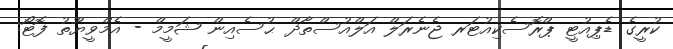
ކުރީގެ ޑެޕިއުޓީ ޕްރޮސެކިއުޓަރ ޖެނެރަލް އަލްއުސްތާޛް ޙުސެއިން ޝަމީމް - އެމްވީޔޫތު ފޮޓޯ: